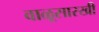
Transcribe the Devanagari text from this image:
वाळूसारखी